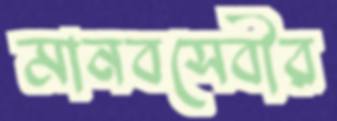
মানবসেবীর